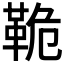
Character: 𩊛